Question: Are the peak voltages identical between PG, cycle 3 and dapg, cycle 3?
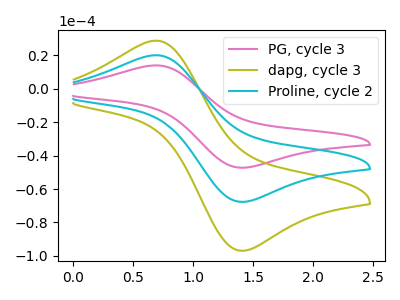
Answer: <think>The pink curve "PG, cycle 3" has an anodic peak at (0.70V, 14.05uA) and a cathodic peak at (1.45V, -47.20uA). The olive curve "dapg, cycle 3" has an anodic peak at (0.70V, 40.30uA) and a cathodic peak at (1.45V, -135.30uA). The cyan curve "Proline, cycle 2" has an anodic peak at (0.70V, 20.15uA) and a cathodic peak at (1.45V, -67.65uA).</think>
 <answer>Yes, "PG, cycle 3" have a peak in "dapg, cycle 3" at the same potential.</answer>
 <eval>match</eval>